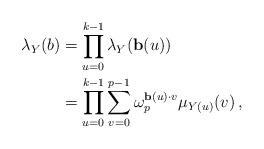
LaTeX: \begin{align*}\lambda_Y(b)& = \prod_{u=0}^{k-1} \lambda_Y(\mathbf{b}(u))\\& = \prod_{u=0}^{k-1} \sum_{v=0}^{p-1} \omega_p^{\mathbf{b}(u) \cdot v} \mu_{Y(u)}(v)\,,\end{align*}